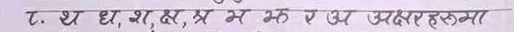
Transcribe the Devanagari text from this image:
ट. थ द,श, क्ष म झ र अ अक्षरहरूमा